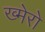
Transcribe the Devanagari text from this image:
ख्मेरो